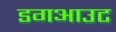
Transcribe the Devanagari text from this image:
डगआउट